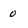
Character: 0